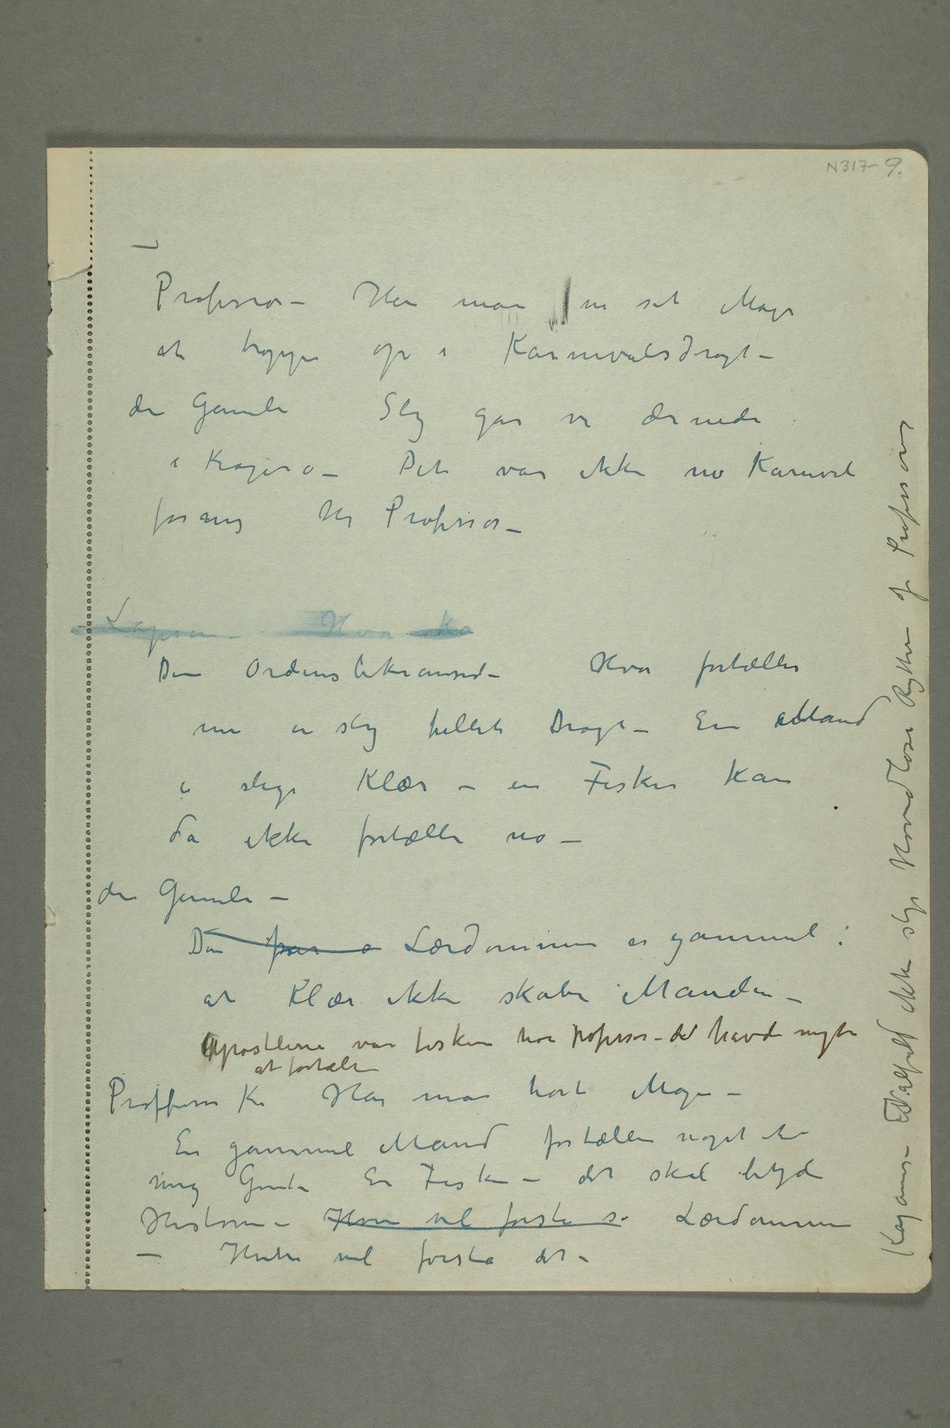
Professor – Har man nu set Mage
at troppe op i Karnevalsdragt –
den Gamle Slig går vi derude
for mig Hr Professor –
da ikke fortælle no –
den Gamle –
at Klær ikke skaber Manden
En gammel Mand fortæller noget til
– Hvem vil forstå det –